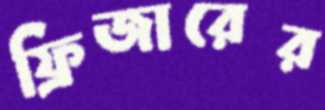
ফ্রিজারের